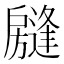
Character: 𱟧